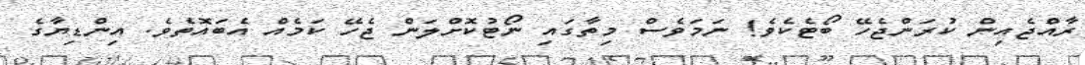
ރާއްޖެއިން ކުރަންޖެހޭ ބޯޓެކެވެ! ނަމަވެސް މިތާގައި ނޯޓުކޮށްލަން ޖެހޭ ކަމެއް އެބައޮތެވެ. އިންޑިޔާގެ